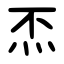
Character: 㶨